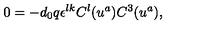
0 = - d _ { 0 } q \epsilon ^ { l k } C ^ { l } ( u ^ { a } ) C ^ { 3 } ( u ^ { a } ) ,